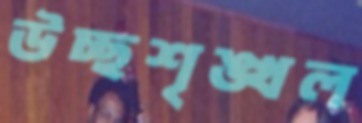
উচ্ছশৃঙ্খল